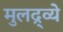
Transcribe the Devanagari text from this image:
मुलद्र्व्ये